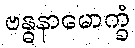
ဗန္ဓနာမောက္ခံ